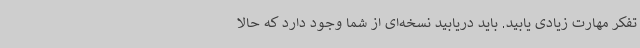
تفکر مهارت زیادی یابید. باید دریابید نسخه‌ای از شما وجود دارد که حالا